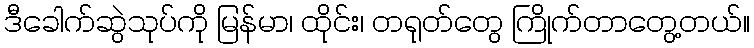
ဒီခေါက်ဆွဲသုပ်ကို မြန်မာ၊ ထိုင်း၊ တရုတ်တွေ ကြိုက်တာတွေ့တယ်။